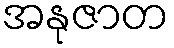
အနုဇာတ